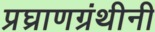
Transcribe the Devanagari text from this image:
प्रघ्राणग्रंथीनी